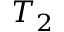
T _ { 2 }